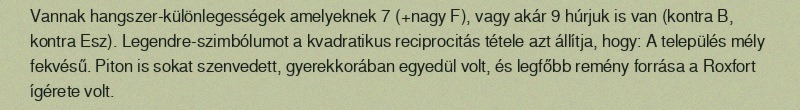
Vannak hangszer-különlegességek amelyeknek 7 (+nagy F), vagy akár 9 húrjuk is van (kontra B, kontra Esz). Legendre-szimbólumot a kvadratikus reciprocitás tétele azt állítja, hogy: A település mély fekvésű. Piton is sokat szenvedett, gyerekkorában egyedül volt, és legfőbb remény forrása a Roxfort ígérete volt.